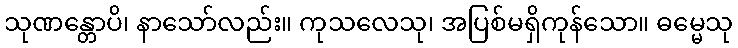
သုဏန္တောပိ၊ နာသော်လည်း။ ကုသလေသု၊ အပြစ်မရှိကုန်သော။ ဓမ္မေသု